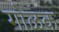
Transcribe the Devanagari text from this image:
गोळक